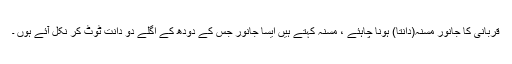
قربانی کا جانور مسنہ(دانتا) ہونا چاہئے ، مسنہ کہتے ہیں ایسا جانور جس کے دودھ کے اگلے دو دانت ٹوٹ کر نکل آئے ہوں ۔